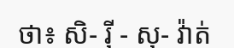
ថា៖ សិ- រ៉ី - សុ- វ៉ាត់